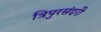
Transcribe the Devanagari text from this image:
त्रिपुरसंदरी